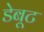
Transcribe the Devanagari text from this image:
डेबूट